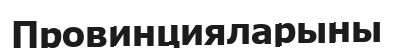
Провинцияларыны